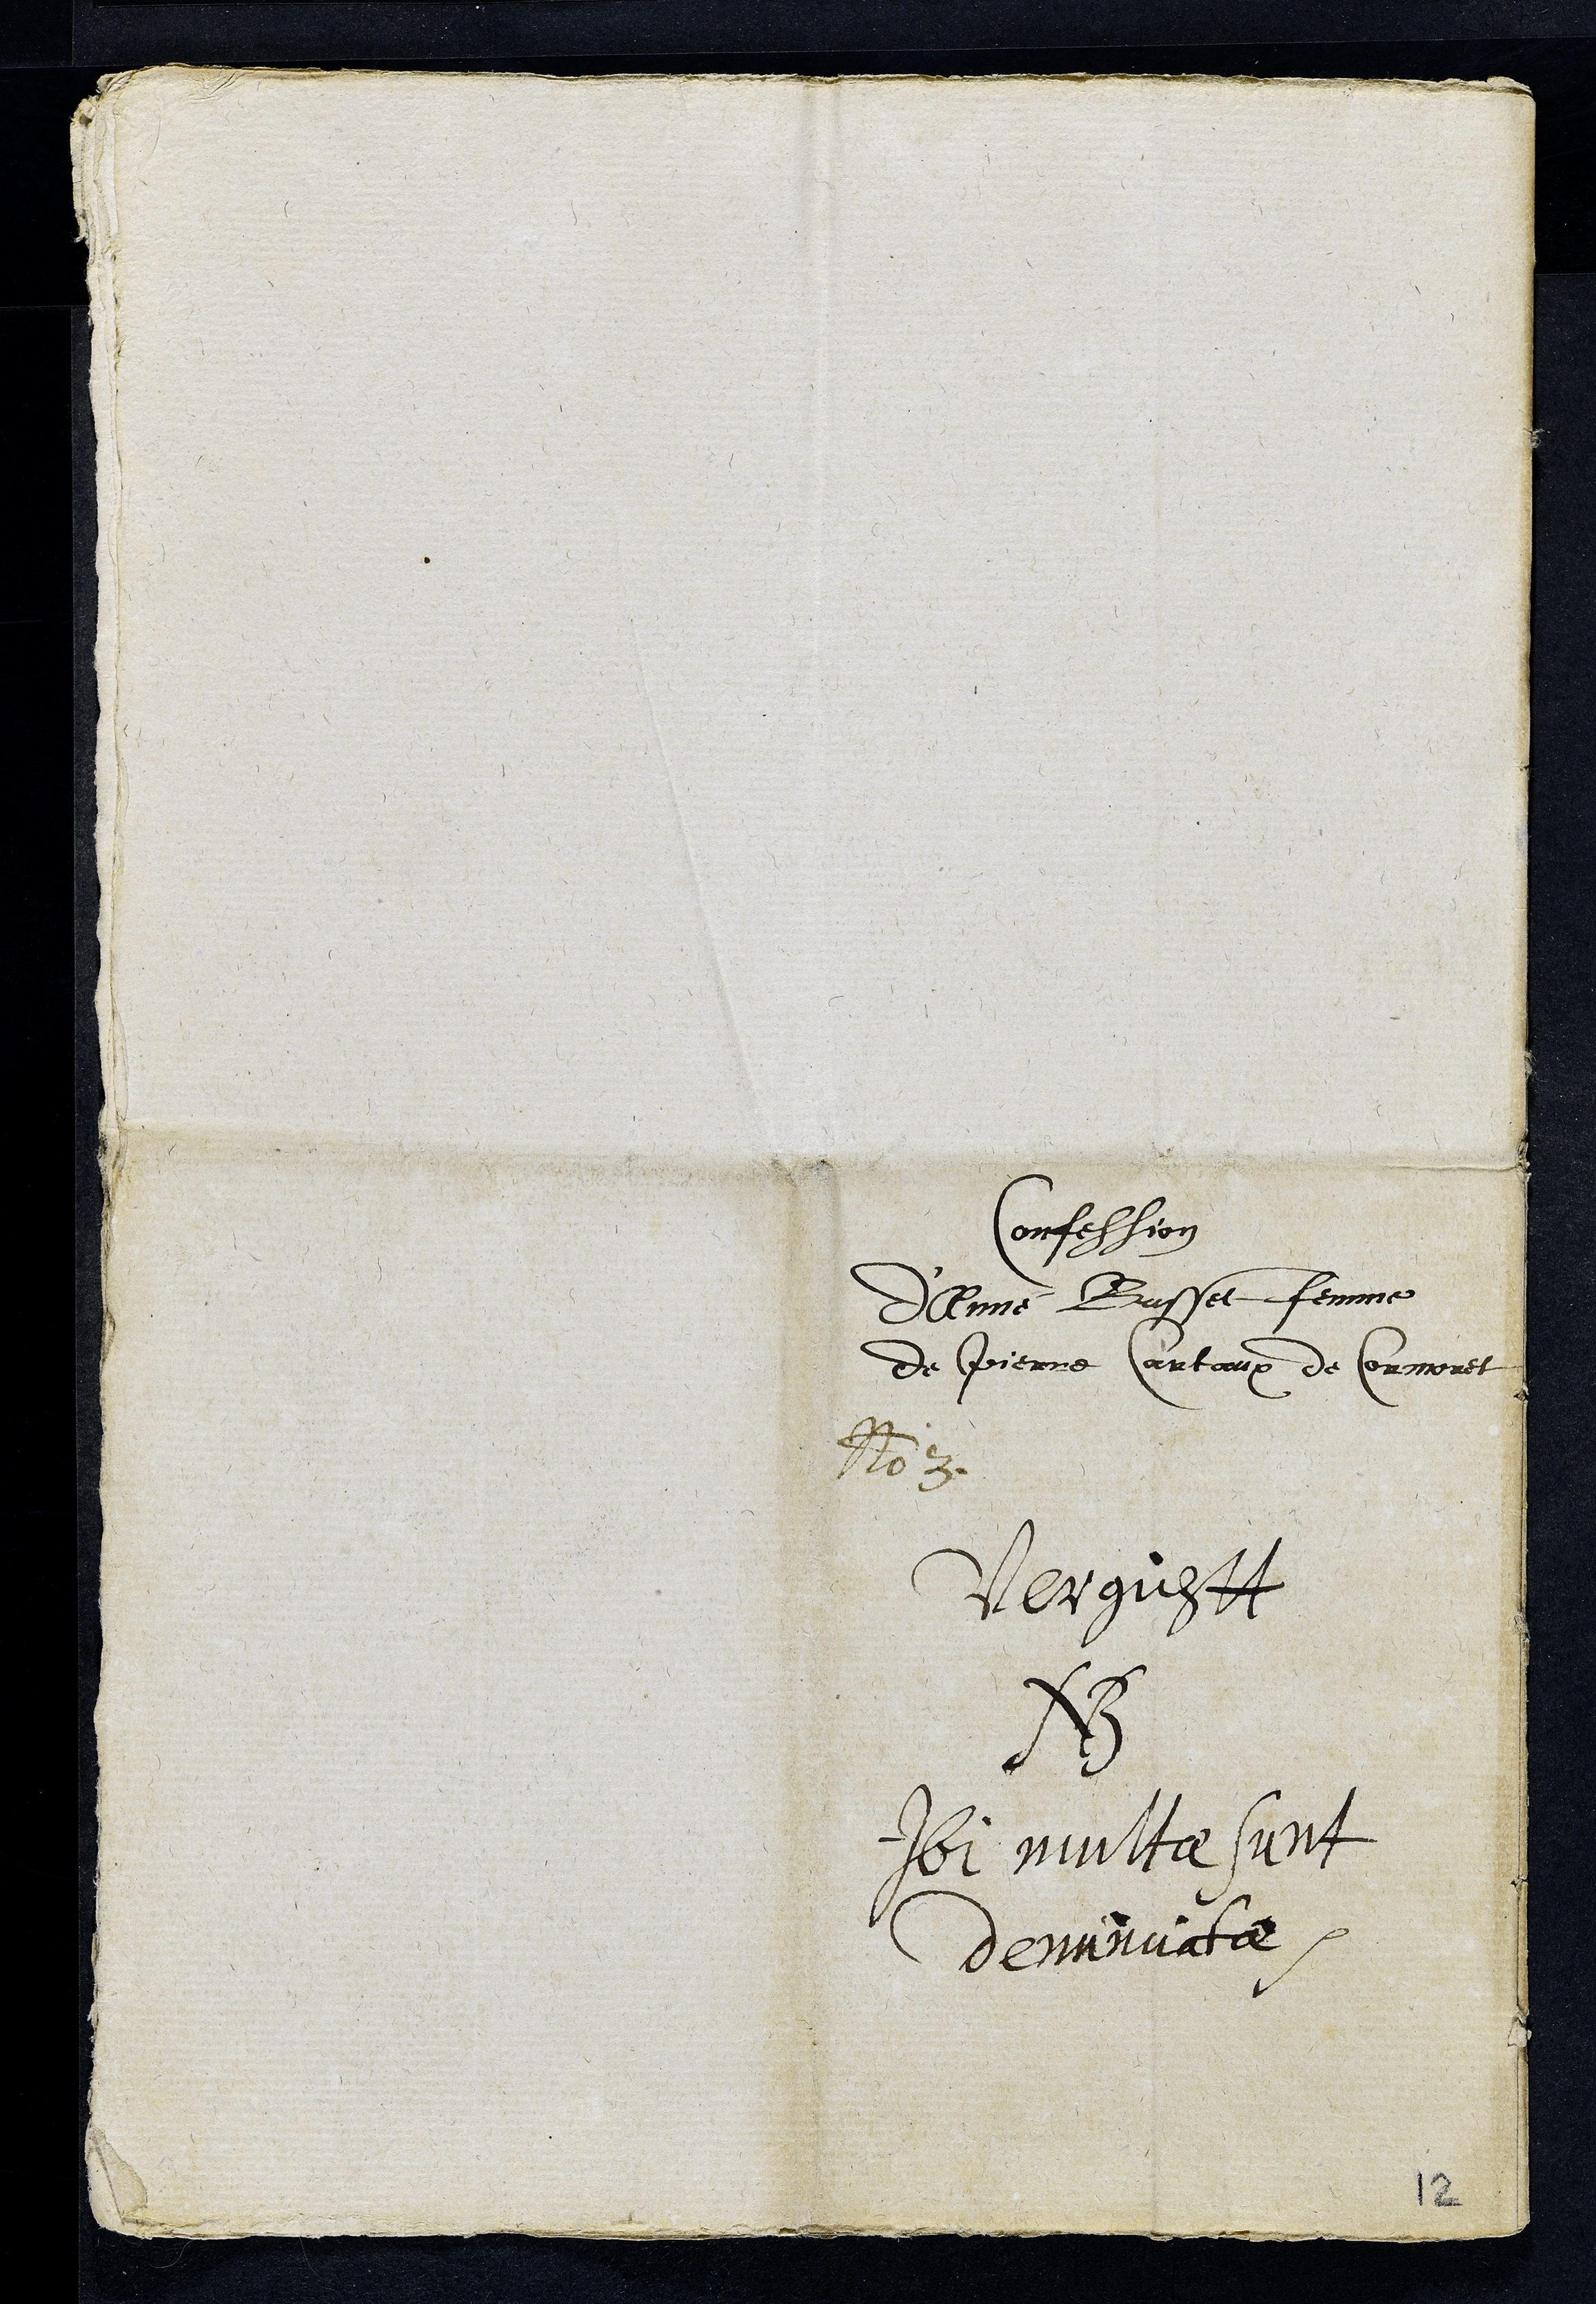
Confession
D'Anné Busset femme
de Pierre Cartaux de Cormoret
No 3
Vergischtt
NB
Ibi multae sunt
denunciatae
12